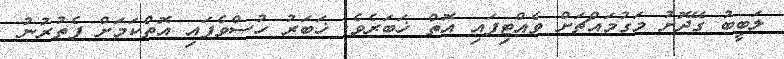
ލަބީބު ގޭދޮށު މަގުމައްޗަށް ވެއްޓިފައި އޮތް ޚަބަރެވެ. ޚަބަރު ހުސްވެފައި އޮތްކަމަށް ފެތުރުނު